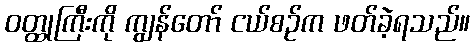
ဝတ္ထုကြီးကို ကျွန်တော် ငယ်စဉ်က ဖတ်ခဲ့ရသည်။